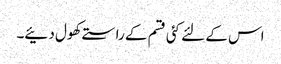
اس کے لئے کئی قسم کے راستے کھول دئیے۔